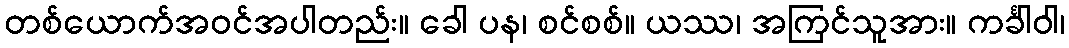
တစ်ယောက်အဝင်အပါတည်း။ ခေါ ပန၊ စင်စစ်။ ယဿ၊ အကြင်သူအား။ ကင်္ခါဝါ၊